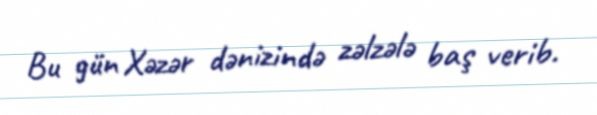
Bu gün Xəzər dənizində zəlzələ baş verib.